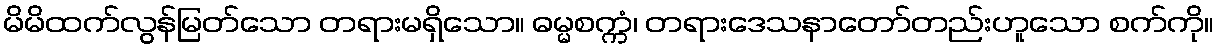
မိမိထက်လွန်မြတ်သော တရားမရှိသော။ ဓမ္မစက္ကံ၊ တရားဒေသနာတော်တည်းဟူသော စက်ကို။